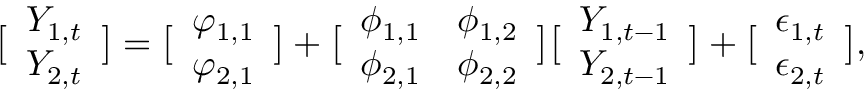
\bigl [ \begin{array} { l } { Y _ { 1 , t } } \\ { Y _ { 2 , t } } \end{array} \bigr ] = \bigl [ \begin{array} { l } { \varphi _ { 1 , 1 } } \\ { \varphi _ { 2 , 1 } } \end{array} \bigr ] + \bigl [ \begin{array} { l l } { \phi _ { 1 , 1 } } & { \phi _ { 1 , 2 } } \\ { \phi _ { 2 , 1 } } & { \phi _ { 2 , 2 } } \end{array} \bigr ] \bigl [ \begin{array} { l } { Y _ { 1 , t - 1 } } \\ { Y _ { 2 , t - 1 } } \end{array} \bigr ] + \bigl [ \begin{array} { l } { \epsilon _ { 1 , t } } \\ { \epsilon _ { 2 , t } } \end{array} \bigr ] ,